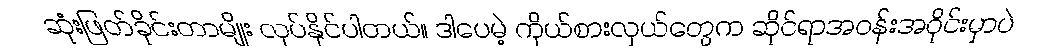
ဆုံးဖြတ်ခိုင်းတာမျိုး လုပ်နိုင်ပါတယ်။ ဒါပေမဲ့ ကိုယ်စားလှယ်တွေက ဆိုင်ရာအဝန်းအဝိုင်းမှာပဲ